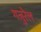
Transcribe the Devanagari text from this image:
गजुरेल